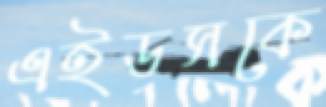
এইডসকে